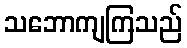
သဘောကျကြသည်